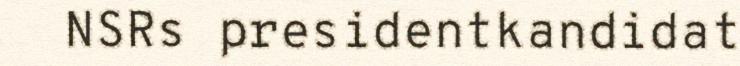
NSRs presidentkandidat